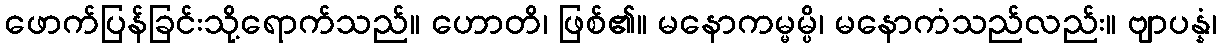
ဖောက်ပြန်ခြင်းသို့ရောက်သည်။ ဟောတိ၊ ဖြစ်၏။ မနောကမ္မမ္ပိ၊ မနောကံသည်လည်း။ ဗျာပန္နံ၊